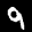
Label: 9